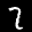
Label: 2